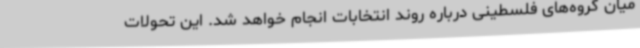
میان گروه‌های فلسطینی درباره روند انتخابات انجام خواهد شد. این تحولات